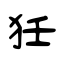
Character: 狅